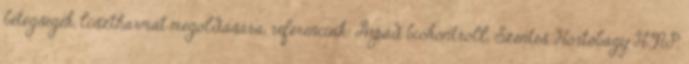
betegségek, lisztharmat megoldására, referenciák: Árpád biokontroll, Szentes, Hortobágy HNP,